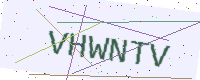
Text: VHWNTV